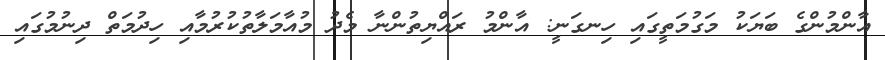
އާންމުންގެ ބަޔަކު މަގުމަތީގައި ހިނގަނީ: އާންމު ރައްޔިތުންނާ މެދު މުއާމަލާތުކުރުމާއި ހިދުމަތް ދިނުމުގައި